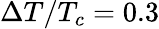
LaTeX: \Delta T/T_{c}=0.3